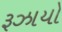
રૂઝાયો